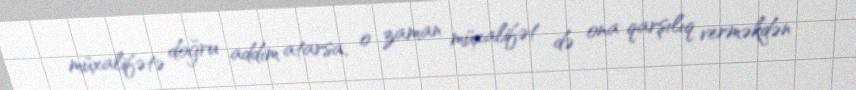
müxalifətə doğru addım atarsa, o zaman müxalifət də ona qarşılıq verməkdən